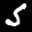
Label: 5